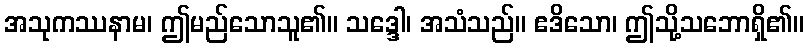
အသုကဿနာမ၊ ဤမည်သောသူ၏။ သဒ္ဒေါ၊ အသံသည်။ ဧဒိသော၊ ဤသို့သဘောရှိ၏။